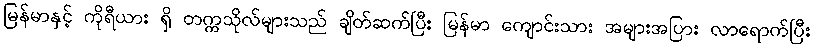
မြန်မာနှင့် ကိုရီယား ရှိ တက္ကသိုလ်များသည် ချိတ်ဆက်ပြီး မြန်မာ ကျောင်းသား အများအပြား လာရောက်ပြီး